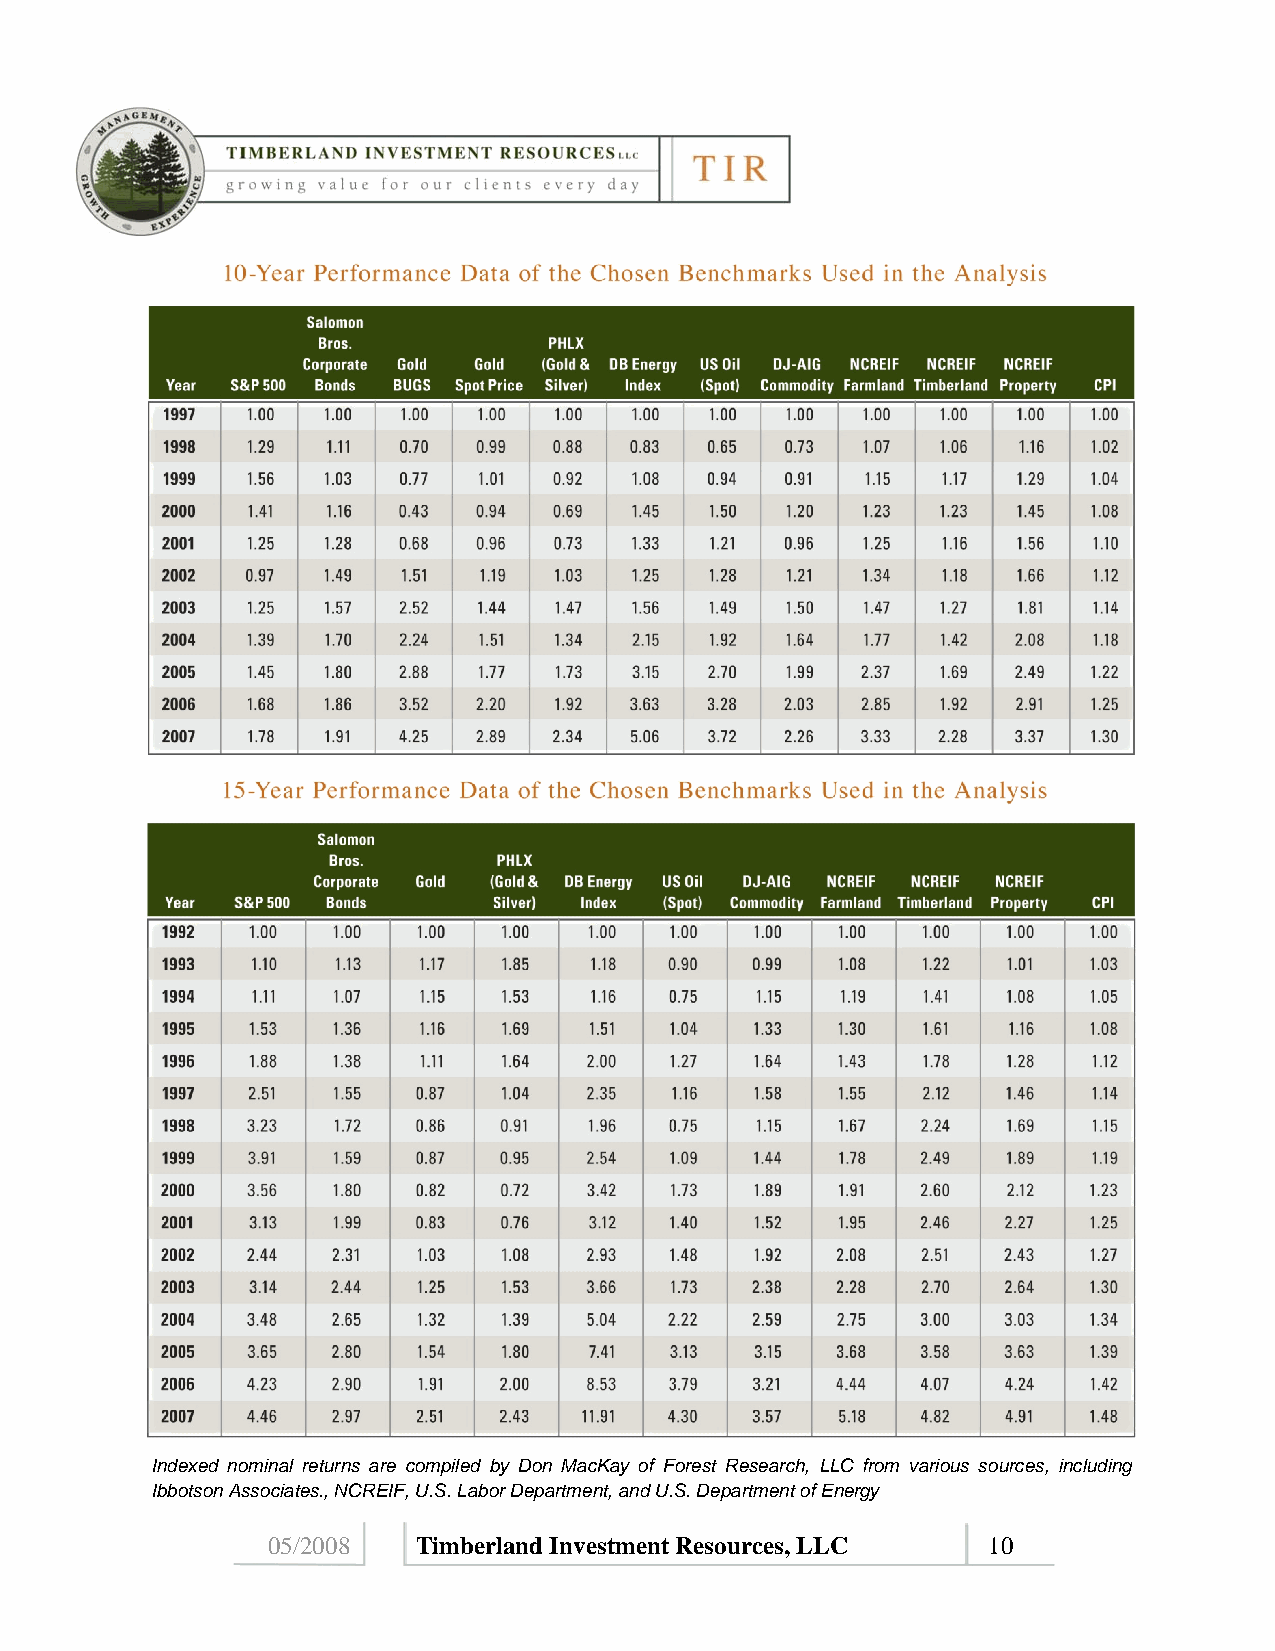
Indexed nominal returns are compiled by Don MacKay of Forest Research, LLC from various sources, including
 Ibbotson Associates., NCREIF, U.S. Labor Department, and U.S. Department of Energy
 05/2008   Timberland Investment Resources, LLC 10